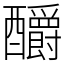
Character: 釂